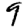
Digit: 9